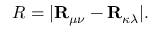
R = | \mathbf { R } _ { \mu \nu } - \mathbf { R } _ { \kappa \lambda } | .